Scottish Certificate of Education, 1963
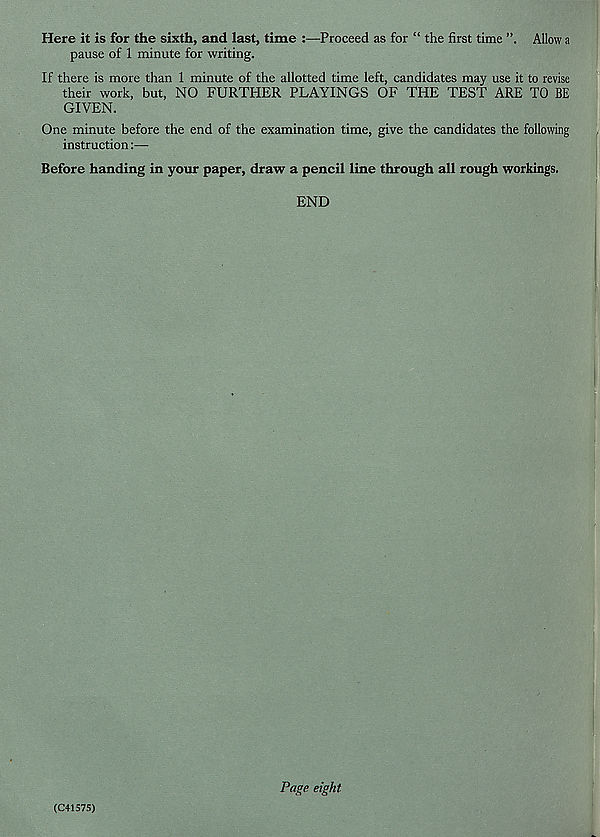
Here it is for the sixth, and last, time :—Proceed as for “ the first time
Allow a
pause of 1 minute for writing.
If there is more than 1 minute of the allotted time left, candidates may use it to revise
their work, but, NO FURTHER PLAYINGS OF THE TEST ARE TO BE
GIVEN.
One minute before the end of the examination time, give the candidates the following
instruction:—
Before handing in your paper, draw a pencil line through all rough workings.
END
(C41575)
Page eight